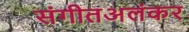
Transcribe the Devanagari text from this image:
संगीतअलंकर